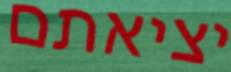
יציאתם